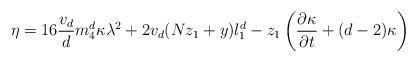
LaTeX: \begin{align*}\eta=16\frac{v_d}{d}m_4^d\kappa\lambda^2+2v_d(Nz_1+y)l_1^d-z_1\left(\frac{\partial{\kappa}}{\partial{t}}+(d-2)\kappa\right)\end{align*}